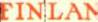
FINLAN